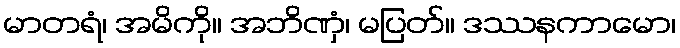
မာတရံ၊ အမိကို။ အဘိဏှံ၊ မပြတ်။ ဒဿနကာမော၊